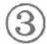
\textcircled{3}